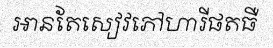
អានតែសៀវភៅហារីផតធឺ